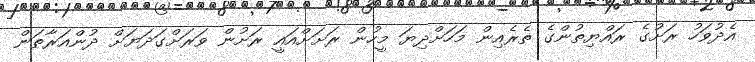
އެދުވަހު ރަށުގެ ރައްޔިތުންގެ ތެރެއިން މަހަށްދިޔަ މީހުން ރަށަށްއައީ ރަށުން ވަރަށްގަދަޔަށް ދުންއަރާތަން